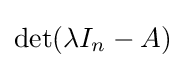
\det(\lambda I_{n}-A)